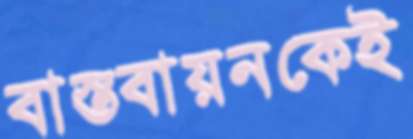
বাস্তবায়নকেই